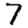
Digit: 7